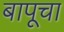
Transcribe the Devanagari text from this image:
बापूचा